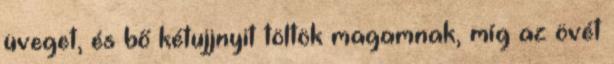
üveget, és bő kétujjnyit töltök magamnak, míg az övét